Indian journal of veterinary science and animal husbandry - Volume 12,
Year: 1942
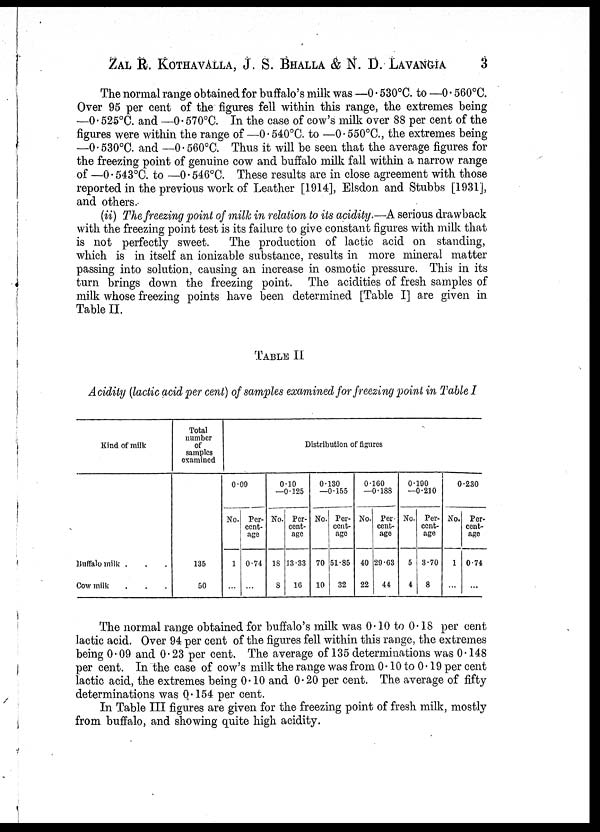
ZAL R. KOTHAVALLA, J. S. BHALLA & N. D. LAVANGIA 3
The normal range obtained for buffalo's milk was —0.530°C. to —0.560°C.
Over 95 per cent of the figures fell within this range, the extremes being
—0.525°C. and —0.570°C. In the case of cow's milk over 88 per cent of the
figures were within the range of—0.540°C. to —0.550°C., the extremes being
—0.530°C. and —0.560°C. Thus it will be seen that the average figures for
the freezing point of genuine cow and buffalo milk fall within a narrow range
of —0.543°C. to —0.546°C. These results are in close agreement with those
reported in the previous work of Leather [1914], Elsdon and Stubbs [1931],
and others.
(ii) The freezing point of milk in relation to its acidity.—A serious drawback
with the freezing point test is its failure to give constant figures with milk that
is not perfectly sweet.
The production of lactic acid on standing,
which is in itself an ionizable substance, results in more mineral matter
passing into solution, causing an increase in osmotic pressure. This in its
turn brings down the freezing point. The acidities of fresh samples of
milk whose freezing points have been determined [Table I] are given in
Table II.
TABLE II
Acidity (lactic acid per cent) of samples examined for freezing point in Table I
Kind of milk
Buffalo milk . . .
Cow milk . . .
Total
number
of
samples
examined
135
50
Distribution of figures
0.09
No.
1
...
Per-
cent-
age
0.74
...
0.10
—0.125
No.
18
8
Per-
cent-
age
13.33
16
0.130
—0.155
No.
70
10
Per-
cent-
age
51.85
32
0.160
—0.188
No.
40
22
Per-
cent-
age
29.63
44
0.190
—0.210
No.
5
4
Per-
cent-
age
3.70
8
0.230
No.
1
...
Per-
cent-
age
0.74
...
The normal range obtained for buffalo's milk was 0.10 to 0.18 per cent
lactic acid. Over 94 per cent of the figures fell within this range, the extremes
being 0.09 and 0.23 per cent. The average of 135 determinations was 0.148
per cent. In the case of cow's milk the range was from 0.10 to 0.19 per cent
lactic acid, the extremes being 0.10 and 0.20 per cent. The average of fifty
determinations was 0.154 per cent.
In Table III figures are given for the freezing point of fresh milk, mostly
from buffalo, and showing quite high acidity.